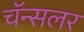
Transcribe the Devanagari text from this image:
चॅन्सलर